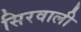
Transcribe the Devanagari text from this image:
सिरवाली